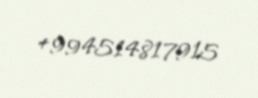
+994514817915